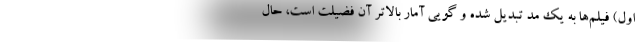
اول) فیلم‌ها به یک مد تبدیل شده و گویی آمار بالاتر آن فضیلت است، حال